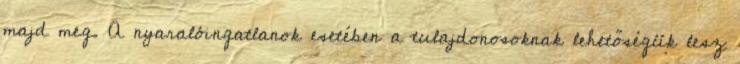
majd meg. A nyaralóingatlanok esetében a tulajdonosoknak lehetőségük lesz